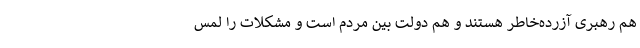
هم رهبری آزرده‌خاطر هستند و هم دولت بین مردم است و مشکلات را لمس